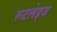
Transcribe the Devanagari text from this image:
रूटलेड्ज